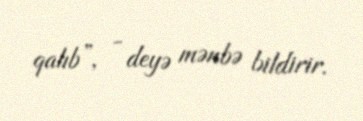
qalıb”, - deyə mənbə bildirir.